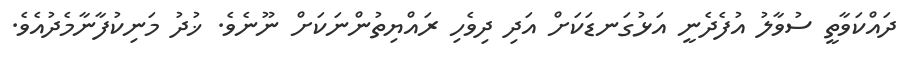
ދައްކަވާތީ ސުވާލު އުފެދެނީ އަޅުގަނޑަކަށް އަދި ދިވެހި ރައްޔިތުންނަކަށް ނޫނެވެ. ޚުދު މަނިކުފާނާމެދުއެވެ.